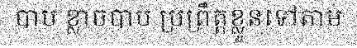
បាប ខ្លាចបាប ប្រព្រឹត្តខ្លួនទៅតាម